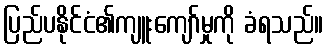
ပြည်ပနိုင်ငံ၏ကျူးကျော်မှုကို ခံရသည်။